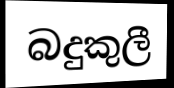
බදුකුලී